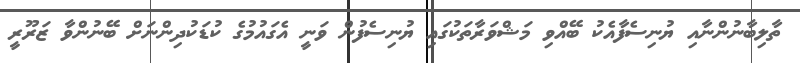
ތާލިބާނުންނާއި ޔުނިސެފާއެކު ބޭއްވި މަޝްވަރާތަކުގައި ޔުނިސެފުން ވަނީ އެގައުމުގެ ކުޑަކުދިންނަށް ބޭނުންވާ ޒަރޫރީ